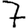
Digit: 7